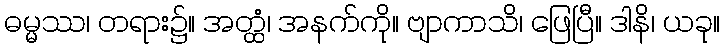
ဓမ္မဿ၊ တရား၌။ အတ္ထံ၊ အနက်ကို။ ဗျာကာသိ၊ ဖြေပြီ။ ဒါနိ၊ ယခု။